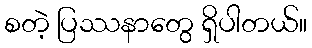
စတဲ့ ပြဿနာတွေ ရှိပါတယ်။